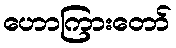
ဟောကြားတော်